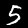
Digit: 5